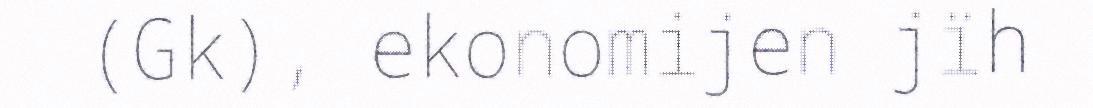
(Gk), ekonomijen jïh